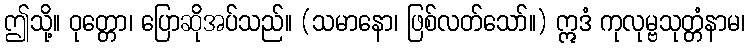
ဤသို့။ ဝုတ္တော၊ ပြောဆိုအပ်သည်။ (သမာနော၊ ဖြစ်လတ်သော်။) ဣဒံ ကုလုမ္ဗသုတ္တံနာမ၊